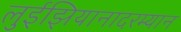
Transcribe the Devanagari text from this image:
लुईझियानादरम्यान